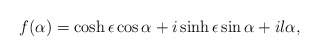
\begin{align*}f(\alpha)=\cosh\epsilon\cos\alpha+i\sinh\epsilon\sin\alpha+il\alpha,\end{align*}